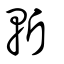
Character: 斬